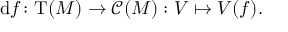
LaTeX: \mathrm { d } f \colon \mathrm { T } ( M ) \to { \mathcal { C } } ( M ) : V \mapsto V ( f ) .